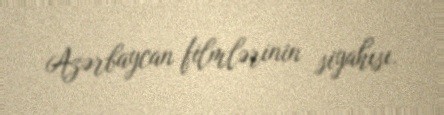
Azərbaycan filmlərinin siyahısı.